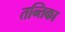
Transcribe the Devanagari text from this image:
तन्तिका